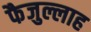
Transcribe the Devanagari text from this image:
फैजुल्लाह